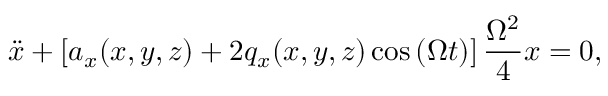
\ddot { x } + \left[ a _ { x } ( x , y , z ) + 2 q _ { x } ( x , y , z ) \cos \left( \Omega t \right) \right] \frac { \Omega ^ { 2 } } { 4 } x = 0 ,